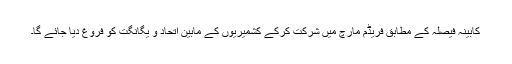
کابینہ فیصلہ کے مطابق فریڈم مارچ میں شرکت کرکے کشمیریوں کے مابین اتحاد و یگانگت کو فروغ دیا جائے گا۔